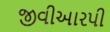
જીવીઆરપી